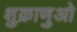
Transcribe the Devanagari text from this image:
शुक्राणुओ